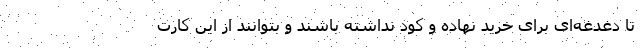
تا دغدغه‌ای برای خرید نهاده و کود نداشته باشند و بتوانند از این کارت